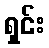
ရှင်း